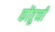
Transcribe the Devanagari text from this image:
कोंतुच्ची